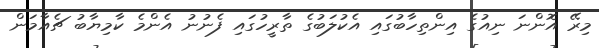
މިރޭ އޮންނަ ނިއުގެ އިންތިހާބުގައި އެކުލަބުގެ ތާރީހުގައި ފެނުނު އެންމެ ކާމިޔާބު ޗެއާމަން